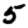
Digit: 5